Lunatic asylums in Bengal annual reports 1888-1898 - 1888-1898
Year: 1888
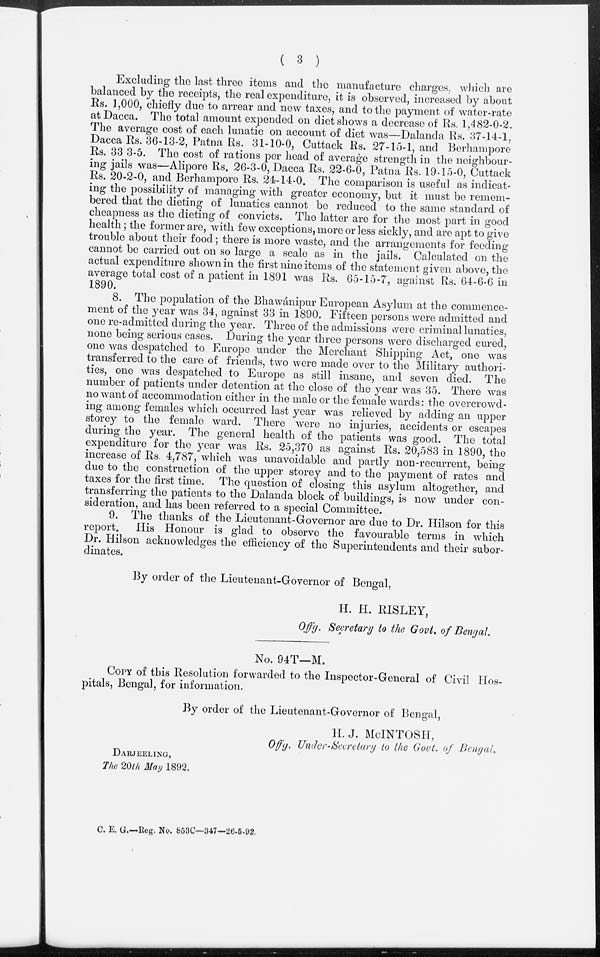
( 3 )
Excluding the last three items and the manufacture charges, which are
balanced by the receipts, the real expenditure, it is observed, increased by about
Rs. 1,000, chiefly due to arrear and new taxes, and to the payment of water-rate
at Dacca. The total amount expended on diet shows a decrease of Rs. 1,482-0-2.
The average cost of each lunatic on account of diet was—Dalanda Rs. 37-14-1,
Dacca Rs. 36-13-2, Patna Rs. 31-10-0, Cuttack Rs. 27-15-1, and Berhampore
Rs. 33 3-5. The cost of rations per head of average strength in the neighbour-
ing jails was—Alipore Rs. 26-3-0, Dacca Rs. 22-6-0, Patna Rs. 19-15-0, Cuttack
Rs. 20-2-0, and Berhampore Rs. 24-14-0. The comparison is useful as indicat-
ing the possibility of managing with greater economy, but it must be remem-
bered that the dieting of lunatics cannot be reduced to the same standard of
cheapness as the dieting of convicts. The latter are for the most part in good
health; the former are, with few exceptions, more or less sickly, and are apt to give
trouble about their food; there is more waste, and the arrangements for feeding
cannot be carried out on so large a scale as in the jails. Calculated on the
actual expenditure shown in the first nine items of the statement given above, the
average total cost of a patient in 1891 was Rs. 65-15-7, against Rs. 64-6-6 in
1890.
8. The population of the Bhawánipur European Asylum at the commence-
ment of the year was 34, against 33 in 1890. Fifteen persons were admitted and
one re-admitted during the year. Three of the admissions were criminal lunatics,
none being serious cases. During the year three persons were discharged cured,
one was despatched to Europe under the Merchant Shipping Act, one was
transferred to the care of friends, two were made over to the Military authori-
ties, one was despatched to Europe as still insane, and seven died. The
number of patients under detention at the close of the year was 35. There was
no want of accommodation either in the male or the female wards: the overcrowd-
ing among females which occurred last year was relieved by adding an upper
storey to the female ward. There were no injuries, accidents or escapes
during the year. The general health of the patients was good. The total
expenditure for the year was Rs. 25,370 as against Rs. 20,583 in 1890, the
increase of Rs. 4,787, which was unavoidable and partly non-recurrent, being
due to the construction of the upper storey and to the payment of rates and
taxes for the first time. The question of closing this asylum altogether, and
transferring the patients to the Dalanda block of buildings, is now under con-
sideration, and has been referred to a special Committee.
9. The thanks of the Lieutenant-Governor are due to Dr. Hilson for this
report.
His Honour is glad to observe the favourable terms in which
Dr. Hilson acknowledges the efficiency of the Superintendents and their subor-
dinates.
By order of the Lieutenant-Governor of Bengal,
H. H. RISLEY,
Offg. Secretary to the Govt. of Bengal.
No. 94T—M.
COPY of this Resolution forwarded to the Inspector-General of Civil Hos-
pitals, Bengal, for information.
By order of the Lieutenant-Governor of Bengal,
H.J. MCINTOSH,
Offg. Under-Secretary to the Govt. of Bengal.
DARJEELING,
The 20th May 1892.
C. E. G.—Reg. No. 853C—347—26-5-92.